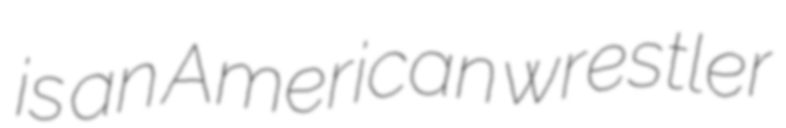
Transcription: is an American wrestler